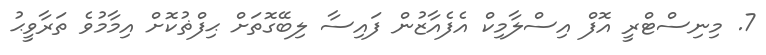
7. މިނިސްޓްރީ އޮފް އިސްލާމިކް އެފެއާޒުން ފައިސާ ލިބޭގޮތަށް ޙިފްޡުކޮށް އިމާމުވެ ތަރާވީޙު